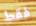
فقط